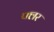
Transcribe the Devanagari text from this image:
फ्लर